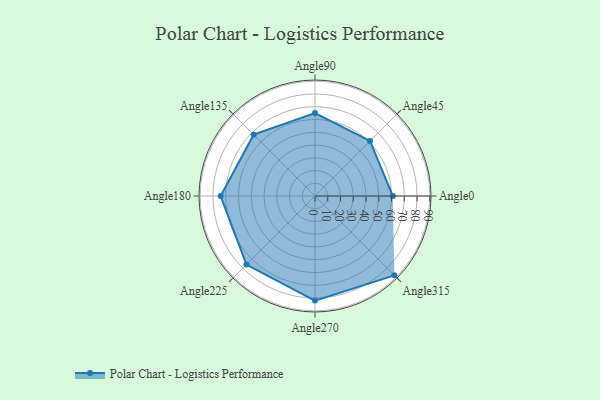
{"axis": {"x": "Angle", "y": "Radius"}, "legend": [""], "data": [{"x": "Angle0", "y": 61.0, "type": ""}, {"x": "Angle45", "y": 61.0, "type": ""}, {"x": "Angle90", "y": 65.0, "type": ""}, {"x": "Angle135", "y": 68.0, "type": ""}, {"x": "Angle180", "y": 74.0, "type": ""}, {"x": "Angle225", "y": 76.0, "type": ""}, {"x": "Angle270", "y": 82.0, "type": ""}, {"x": "Angle315", "y": 88.0, "type": ""}]}